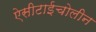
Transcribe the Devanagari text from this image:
ऐसीटाईचोलीन